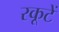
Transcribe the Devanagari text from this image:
रकूटें